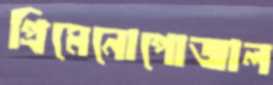
প্রিমেনোপোজাল